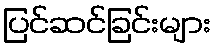
ပြင်ဆင်ခြင်းများ